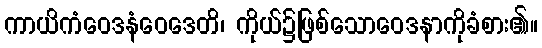
ကာယိကံဝေဒနံဝေဒေတိ၊ ကိုယ်၌ဖြစ်သောဝေဒနာကိုခံစား၏။